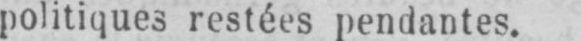
politiques restées pendantes.